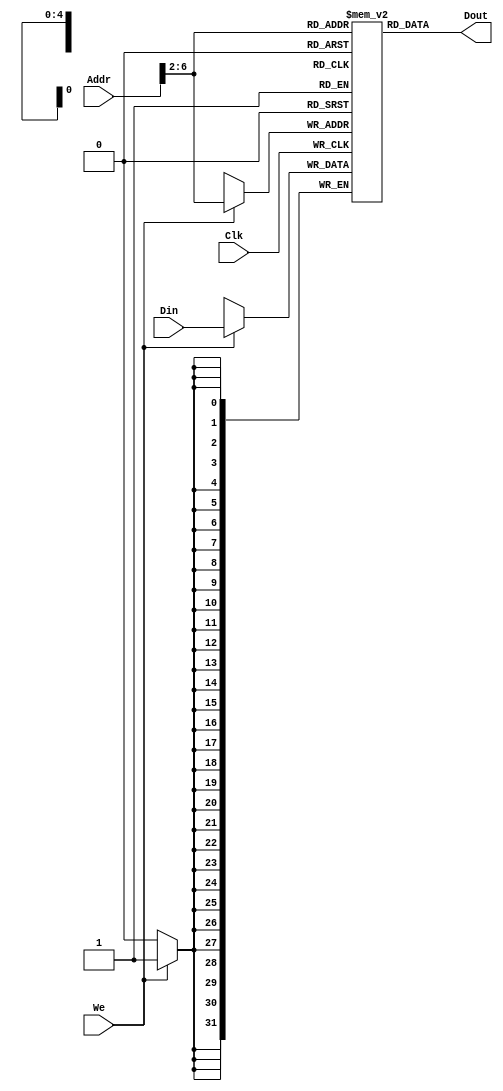
`timescale 1ns / 1ps
//////////////////////////////////////////////////////////////////////////////////
// Company: 
// Engineer: 
// 
// Design Name: 
// Module Name: DATAMEM
// Project Name: 
// Target Devices: 
// Tool Versions: 
// Description: 
// 
// Dependencies: 
// 
// Revision:
// Revision 0.01 - File Created
// Additional Comments:
// 
//////////////////////////////////////////////////////////////////////////////////


module DATAMEM(Addr, Din, Clk, We, Dout);
    input [31:0] Addr, Din;
    input Clk, We;
    output [31:0] Dout;
    reg [31:0] Ram [31:0];
    
    //read data
    assign Dout = Ram [Addr[6:2]];
//    assign Dout = 32;
    always @(posedge Clk) begin
        if(We) Ram[Addr[6:2]] <= Din;
    end
    
    //write data
    integer i;
    initial begin
        for (i = 0;i < 32 ; i = i + 1)
            Ram[i] = i;
    end
endmodule